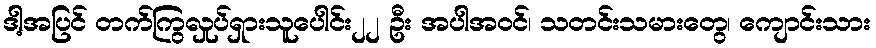
ဒါ့အပြင် တက်ကြွလှုပ်ရှားသူပေါင်း၂၂ ဦး အပါအဝင်၊ သတင်းသမားတွေ၊ ကျောင်းသား